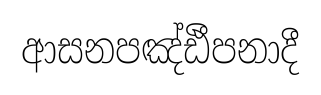
ආසනපඤ්ඪීපනාදී